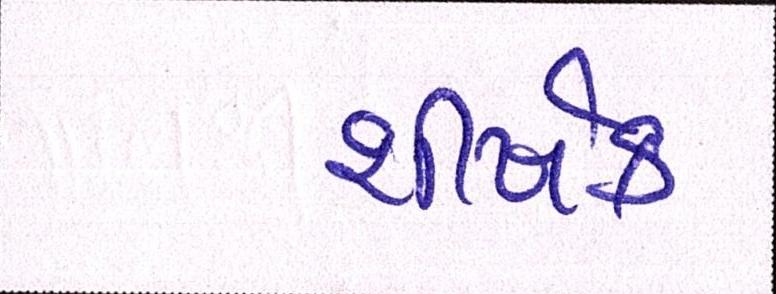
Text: શીર્ષક